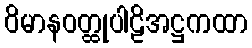
ဝိမာနဝတ္ထုပါဠိအဋ္ဌကထာ